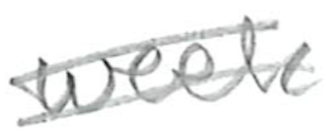
Text: week
Cross-out: double-line
Writing tool: pencil